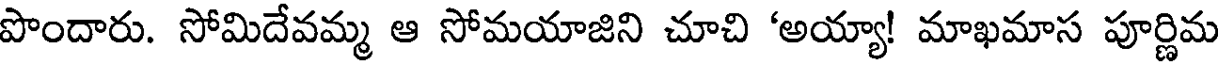
పొందారు. సోమిదేవమ్మ ఆ సోమయాజిని చూచి 'అయ్యా! మాఖమాస పూర్ణిమ